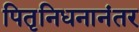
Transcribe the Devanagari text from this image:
पितृनिधनानंतर